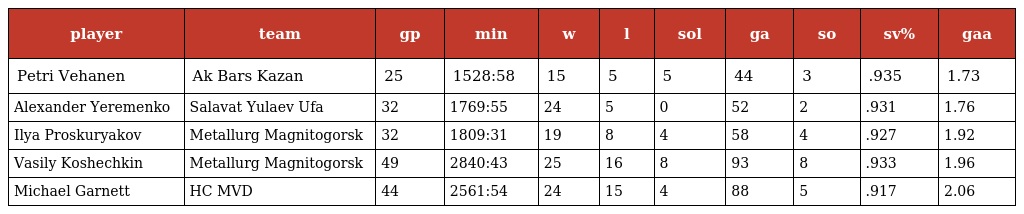
| player | team | gp | min | w | l | sol | ga | so | sv% | gaa |
 | --- | --- | --- | --- | --- | --- | --- | --- | --- | --- | --- |
 | Petri Vehanen | Ak Bars Kazan | 25 | 1528:58 | 15 | 5 | 5 | 44 | 3 | .935 | 1.73 |
 | Alexander Yeremenko | Salavat Yulaev Ufa | 32 | 1769:55 | 24 | 5 | 0 | 52 | 2 | .931 | 1.76 |
 | Ilya Proskuryakov | Metallurg Magnitogorsk | 32 | 1809:31 | 19 | 8 | 4 | 58 | 4 | .927 | 1.92 |
 | Vasily Koshechkin | Metallurg Magnitogorsk | 49 | 2840:43 | 25 | 16 | 8 | 93 | 8 | .933 | 1.96 |
 | Michael Garnett | HC MVD | 44 | 2561:54 | 24 | 15 | 4 | 88 | 5 | .917 | 2.06 |